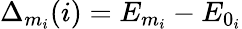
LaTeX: \Delta_{m_{i}}(i)=E_{m_{i}}-E_{0_{i}}